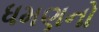
ધમણનો